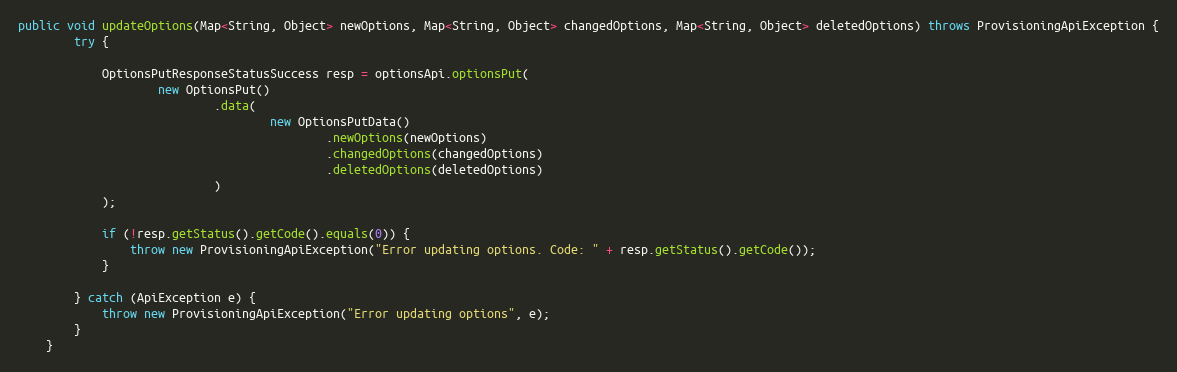
Language: Java
public void updateOptions(Map<String, Object> newOptions, Map<String, Object> changedOptions, Map<String, Object> deletedOptions) throws ProvisioningApiException {
        try {

            OptionsPutResponseStatusSuccess resp = optionsApi.optionsPut(
                    new OptionsPut()
                            .data(
                                    new OptionsPutData()
                                            .newOptions(newOptions)
                                            .changedOptions(changedOptions)
                                            .deletedOptions(deletedOptions)
                            )
            );

            if (!resp.getStatus().getCode().equals(0)) {
                throw new ProvisioningApiException("Error updating options. Code: " + resp.getStatus().getCode());
            }

        } catch (ApiException e) {
            throw new ProvisioningApiException("Error updating options", e);
        }
    }